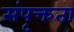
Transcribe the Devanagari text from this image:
संपृक्तता